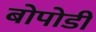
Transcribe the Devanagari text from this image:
बोपोडी